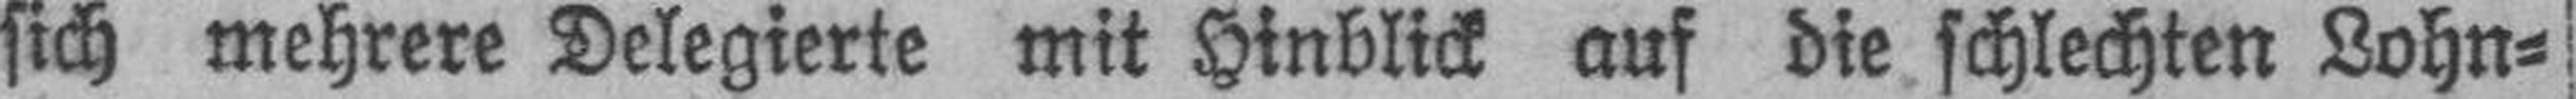
sich mehrere Delegierte mit Hinblick auf die schlechten Lohn¬